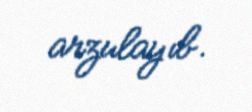
arzulayıb.